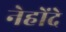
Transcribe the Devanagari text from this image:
नेहोंदे